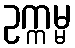
ဥက္ကမ္မ